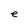
Character: e